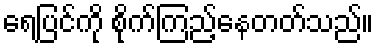
ရေပြင်ကို စိုက်ကြည့်နေတတ်သည်။